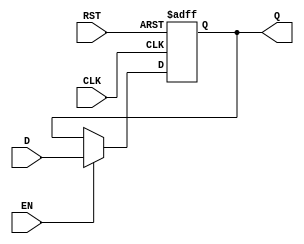
module BarrierRegister #(
    parameter WIDTH = 8  // Parameterized width for the data input/output
)(
    input  wire [WIDTH-1:0] D,    // Data Input
    input  wire CLK,                // Clock
    input  wire EN,                 // Enable
    input  wire RST,                // Asynchronous Reset
    output reg  [WIDTH-1:0] Q       // Data Output
);

    // Asynchronous Reset and Clock Edge Triggered Logic
    always @(posedge CLK or posedge RST) begin
        if (RST) begin
            Q <= {WIDTH{1'b0}};  // Clear the register to zero
        end else if (EN) begin
            Q <= D;              // Capture the data input
        end
        // If EN is low, Q retains its previous value
    end

endmodule